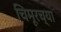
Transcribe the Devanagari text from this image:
चिमूरच्या